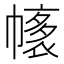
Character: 𢄴